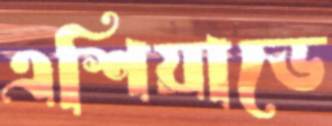
এশিয়াডে